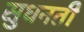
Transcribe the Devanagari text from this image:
सुधनती